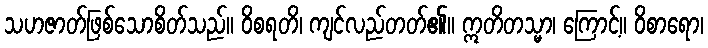
သဟဇာတ်ဖြစ်သောစိတ်သည်။ ဝိစရတိ၊ ကျင်လည်တတ်၏။ ဣတိတသ္မာ၊ ကြောင့်။ ဝိစာရော၊